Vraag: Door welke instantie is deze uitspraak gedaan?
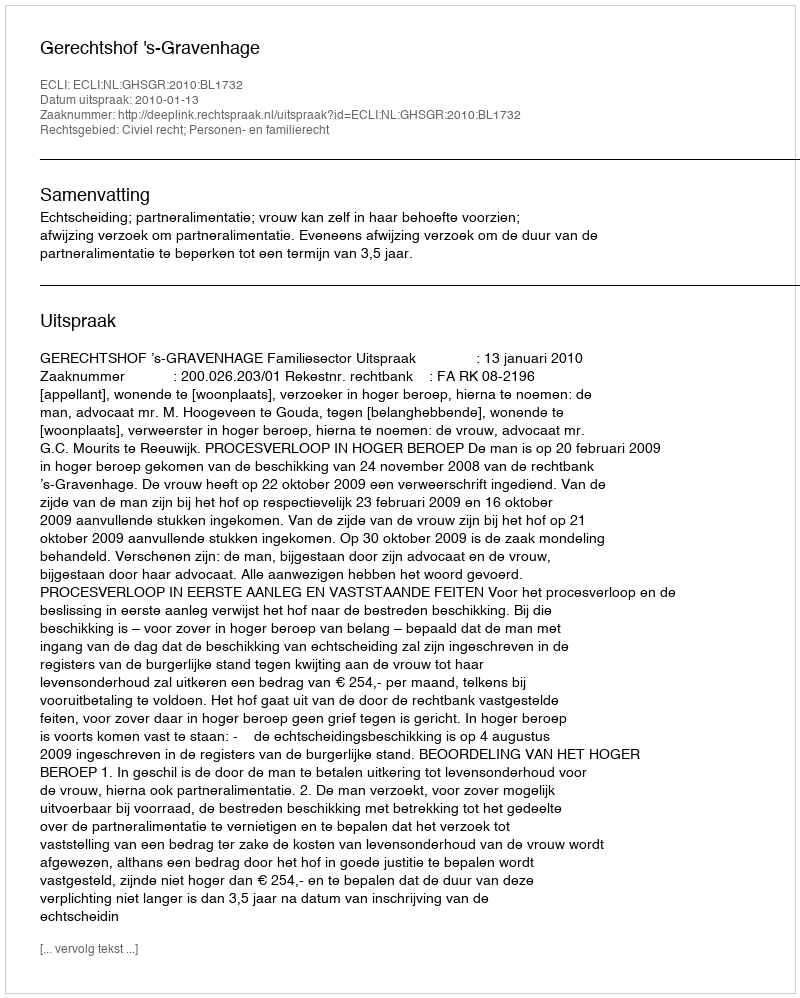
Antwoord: Gerechtshof 's-Gravenhage